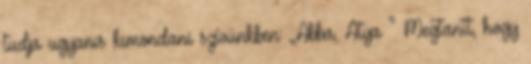
tudja ugyanis kimondani szívünkben: „Abba, Atya ” Megtanít, hogy